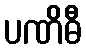
ပဏိဓီ